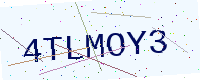
Text: 4TLMOY3